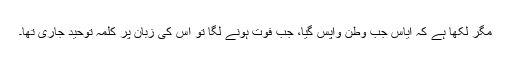
مگر لکھا ہے کہ ایاس جب وطن واپس گیا، جب فوت ہونے لگا تو اس کی زبان پر کلمہ توحید جاری تھا۔